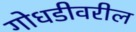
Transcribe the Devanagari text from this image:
गोधडीवरील